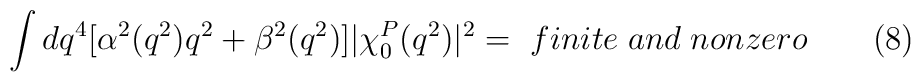
\int dq^4[\alpha ^2(q^2)q^2+\beta ^2(q^2)]|\chi_0^P(q^2)|^2=~finite\;and\;nonzero\qquad (8)